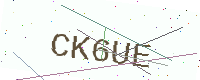
Text: CK6UE